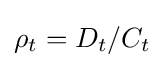
\rho _{t}=D_{t}/C_{t}